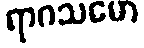
ရာဂသမော